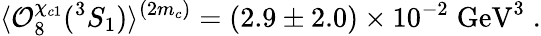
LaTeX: \langle{\cal O}_{8}^{\chi_{c1}}(^{3}S_{1})\rangle^{(2m_{c})}=(2.9\pm 2.0)\times 10^{-2}\; \mathrm{GeV}^{3}\; .